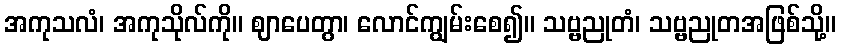
အကုသလံ၊ အကုသိုလ်ကို။ ဈာပေတွာ၊ လောင်ကျွမ်းစေ၍။ သဗ္ဗညုတံ၊ သဗ္ဗညုတအဖြစ်သို့။